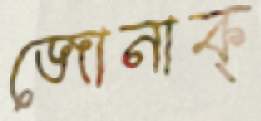
জোনাক্